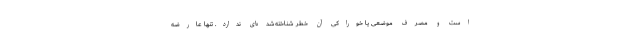
است و مصرف موضعی یا خوراکی آن خطر شناخته‌شده‌ای ندارد. تنها عارضه